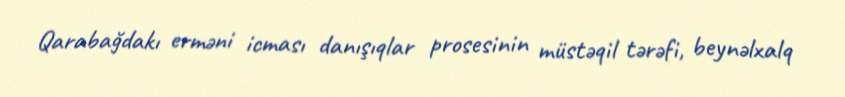
Qarabağdakı erməni icması danışıqlar prosesinin müstəqil tərəfi, beynəlxalq